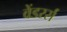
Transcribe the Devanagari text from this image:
वेंडरर्स